Lunatic asylums Central Provinces reports 1886-1894 - 1886-1894
Year: 1886
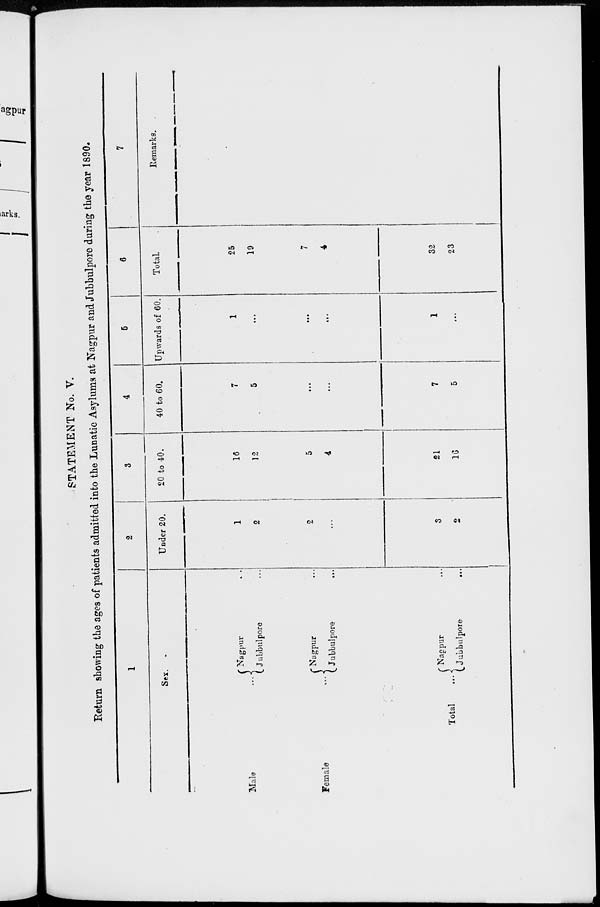
STATEMENT No. V.
Return showing the ages of patients admitted into the Lunatic Asylums at Nagpur and Jubbulpore during the year 1890.
1
Sex.
Male ...
Female ...
Total ...
Nagpur ...
Jubbulpore ...
Nagpur ...
Jubbulpore ...
Nagpur ...
Jubbulpore
...
2
Under 20.
1
2
2
...
3
2
3
20 to 40.
16
12
5
4
21
16
4
40 to 60.
7
5
...
...
7
5
5
Upwards of 60.
1
...
...
...
1
...
6
Total.
25
19
7
4
32
23
7
Remarks.